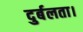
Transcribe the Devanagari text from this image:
दुर्बलता।